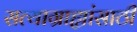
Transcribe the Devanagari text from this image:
सत्याग्राह्यांसाठी